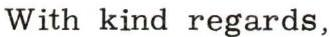
With kind regards,